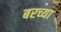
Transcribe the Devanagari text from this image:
बरच्या